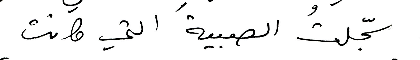
سجّلتُ الصبية التي كانت